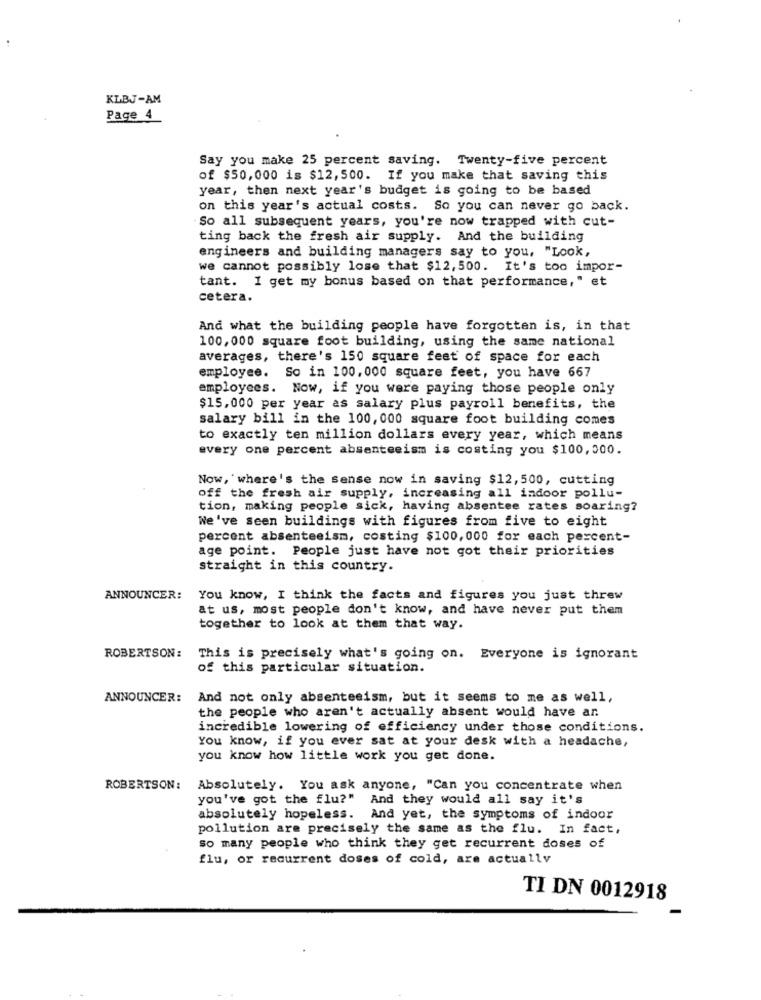
KLBJ-AM
Page 4
Say you make 25 percent saving. Twenty-five percent
of $50,000 is $12,500. If you make that saving this
year, then next year's budget is going to be based
on this year's actual costs. So you can never go back.
So all subsequent years, you're now trapped with cut-
ting back the fresh air supply. And the building
engineers and building managers say to you, "Look,
we cannot possibly lose that $12,500. It's too impor-
tant. I get my bonus based on that performance," et
cetera.
And what the building people have forgotten is, in that
100, 000 square foot building, using the same national
averages, there's 150 square feet of space for each
employee. So in 100, 000 square feet, you have 667
employees. Now, if you were paying those people only
$15,000 per year as salary plus payroll benefits, the
salary bill in the 100, 000 square foot building comes
to exactly ten million dollars every year, which means
every one percent absenteeism is costing you $100,000.
Now, where's the sense now in saving $12,500, cutting
off the fresh air supply, increasing all indoor pollu-
tion, making people sick, having absentee rates soaring?
We've seen buildings with figures from five to eight
percent absenteeism, costing $100,000 for each percent-
age point. People just have not got their priorities
straight in this country.
ANNOUNCER:
You know, I think the facts and figures you just threw
at us, most people don't know, and have never put them
together to look at them that way.
ROBERTSON:
This is precisely what's going on. Everyone is ignorant
of this particular situation.
ANNOUNCER:
And not only absenteeism, but it seems to me as well,
the people who aren't actually absent would have ar.
incredible lowering of efficiency under those conditions.
You know, if you ever sat at your desk with a headache,
you know how little work you get done.
ROBERTSON:
Absolutely. You ask anyone, "Can you concentrate when
you've got the flu?" And they would all say it's
absolutely hopeless. And yet, the symptoms of indoor
pollution are precisely the same as the flu. In fact,
so many people who think they get recurrent doses of
flu, or recurrent doses of cold, are actually
TI DN 0012918